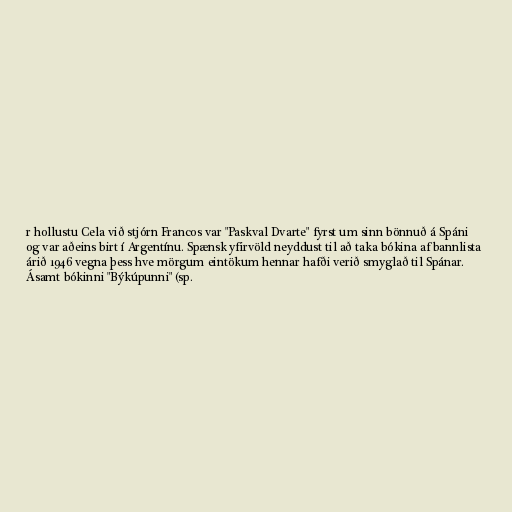
r hollustu Cela við stjórn Francos var "Paskval Dvarte" fyrst um sinn bönnuð á Spáni
og var aðeins birt í Argentínu. Spænsk yfirvöld neyddust til að taka bókina af bannlista
árið 1946 vegna þess hve mörgum eintökum hennar hafði verið smyglað til Spánar.
Ásamt bókinni "Býkúpunni" (sp.